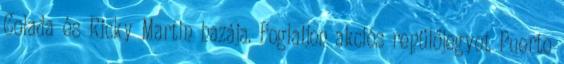
Colada és Ricky Martin hazája. Foglaljon akciós repülőjegyet Puerto